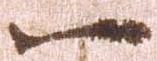
一